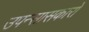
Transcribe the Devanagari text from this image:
उपन्सासकारों